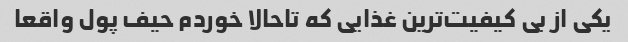
یکی از بی کیفیت‌ترین غذایی که تاحالا خوردم حیف پول واقعا